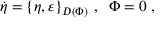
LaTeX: \dot { \eta } = \left\{ \eta , \varepsilon \right\} _ { D ( \Phi ) } \, , \; \; \Phi = 0 \; ,